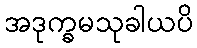
အဒုက္ခမသုခါယပိ